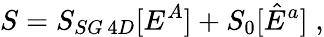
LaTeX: S=S_{SG\, 4D}[E^{A}]+S_{0}[\hat{E}^{a}]\; ,